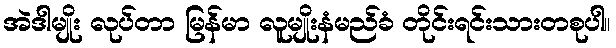
အဲဒါမျိုး လုပ်တာ မြန်မာ လူမျိုးနံမည်ခံ တိုင်းရင်းသားတစုပါ။